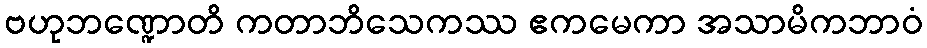
ဗဟုဘဏ္ဍောတိ ကတာဘိသေကဿ ဧကမေကာ အသာမိကဘာဝံ